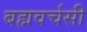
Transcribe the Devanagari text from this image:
बह्मवर्चसी